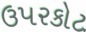
ઉપરકોટ